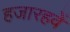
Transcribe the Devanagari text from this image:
हजारहवें